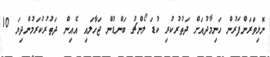
ނޮޅިވަރަންފަރުން ހަނިމާދުއަށް ދަތުރުކުރި ކުޑަ ލޯންޗު ބަންޑުން ޖަހާލައި އެއިން ދަތުރުކުރަމުންދިޔަ 10